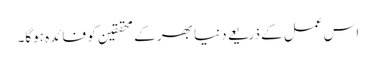
اس عمل کے ذریعے دنیا بھر کے محققین کو فائدہ ہوگا۔